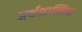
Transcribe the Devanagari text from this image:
अर्थशास्त्रिया